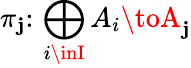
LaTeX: \pi_{\mathbf{j}}\colon\, \bigoplus_{i\inI}A_{i}\toA_{\mathbf{j}}